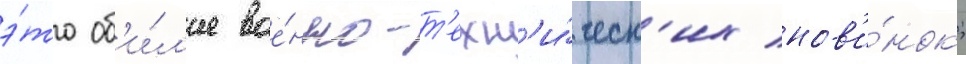
э́то об'и́л'ие вое́нно-т'ехн'и́ческ'их нов'и́нок;